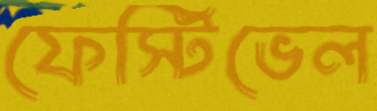
ফেস্টিভেল